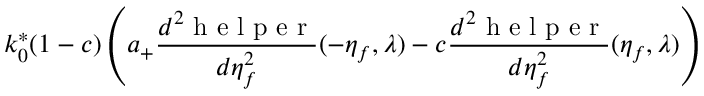
k _ { 0 } ^ { * } ( 1 - c ) \left( a _ { + } \frac { d ^ { 2 } \mathrm { ~ h ~ e ~ l ~ p ~ e ~ r ~ } } { d \eta _ { f } ^ { 2 } } ( - \eta _ { f } , \lambda ) - c \frac { d ^ { 2 } \mathrm { ~ h ~ e ~ l ~ p ~ e ~ r ~ } } { d \eta _ { f } ^ { 2 } } ( \eta _ { f } , \lambda ) \right)